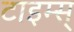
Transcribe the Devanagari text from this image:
टाइम्स्